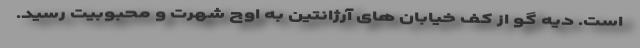
است. دیه گو از کف خیابان های آرژانتین به اوج شهرت و محبوبیت رسید.